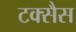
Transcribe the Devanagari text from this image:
टक्सैस